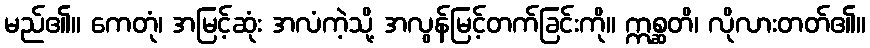
မည်၏။ ကေတုံ၊ အမြင့်ဆုံး အလံကဲ့သို့ အလွန်မြင့်တက်ခြင်းကို။ ဣစ္ဆတိ၊ လိုလားတတ်၏။